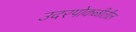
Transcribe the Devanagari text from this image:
उदरपोकळीतील